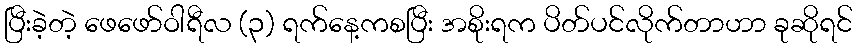
ပြီးခဲ့တဲ့ ဖေဖော်ဝါရီလ (၃) ရက်နေ့ကစပြီး အစိုးရက ပိတ်ပင်လိုက်တာဟာ ခုဆိုရင်